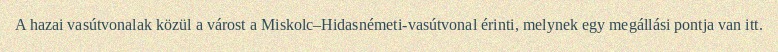
A hazai vasútvonalak közül a várost a Miskolc–Hidasnémeti-vasútvonal érinti, melynek egy megállási pontja van itt.